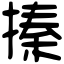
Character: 搸